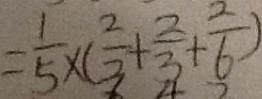
= \frac { 1 } { 5 } \times ( \frac { 2 } { 3 } + \frac { 2 } { 3 } + \frac { 2 } { 6 } )